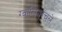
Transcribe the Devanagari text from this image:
ग्वालियरचले